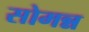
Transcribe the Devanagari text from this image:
सोमन्न